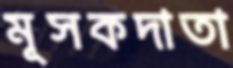
মূসকদাতা